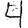
Digit: 4